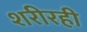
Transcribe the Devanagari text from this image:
शरीरही